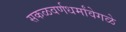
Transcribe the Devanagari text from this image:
सकळवर्णधर्मांवेगळे